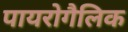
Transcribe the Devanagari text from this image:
पायरोगैलिक